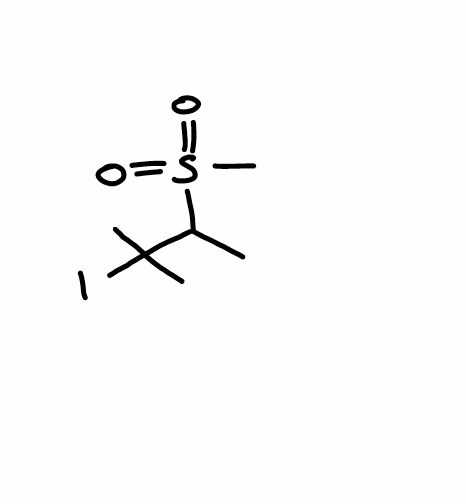
Simplified molecular-input line-entry system (SMILES) notation of the given molecule:
CC(C(C)(C)I)S(=O)(=O)C